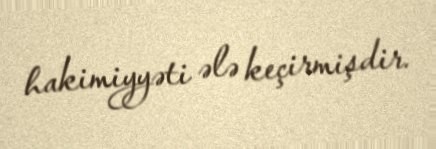
hakimiyyəti ələ keçirmişdir.